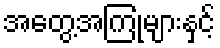
အတွေ့အကြုံများနှင့်